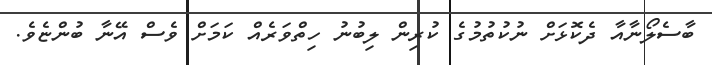
ބާސެލޯނާއާ ދެކޮޅަށް ނުކުތުމުގެ ކުރިން ލިބުނު ހިތްވަރެއް ކަމަށް ވެސް އޭނާ ބުންޏެވެ.